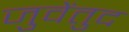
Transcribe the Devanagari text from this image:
जुवेंतुद